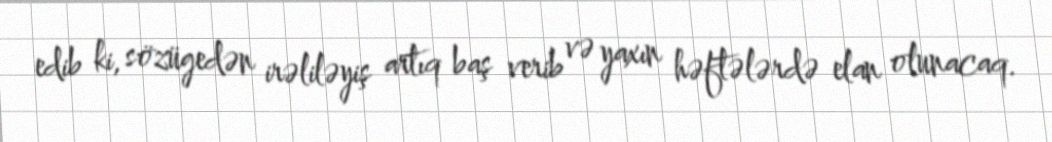
edib ki, sözügedən irəliləyiş artıq baş verib və yaxın həftələrdə elan olunacaq.